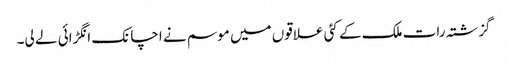
گزشتہ رات ملک کے کئی علاقوں میں موسم نے اچانک انگڑائی لے لی۔